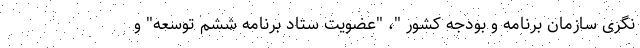
نگری سازمان برنامه و بودجه کشور "، "عضویت ستاد برنامه ششم توسعه" و